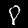
Label: 8